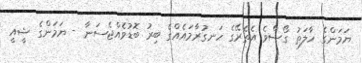
ޔަމަންގެ ހާލަތު ގޯސްވެ އެތެރޭގެ ހަނގުރާމައެއްގެ ބިރު ބޮޑުވެއްޖެސަނާ - ޔަމަންގެ ޝީއީ